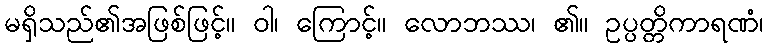
မရှိသည်၏အဖြစ်ဖြင့်။ ဝါ၊ ကြောင့်။ လောဘဿ၊ ၏။ ဥပ္ပတ္တိကာရဏံ၊